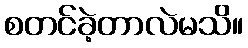
စတင်ခဲ့တာလဲမသိ။